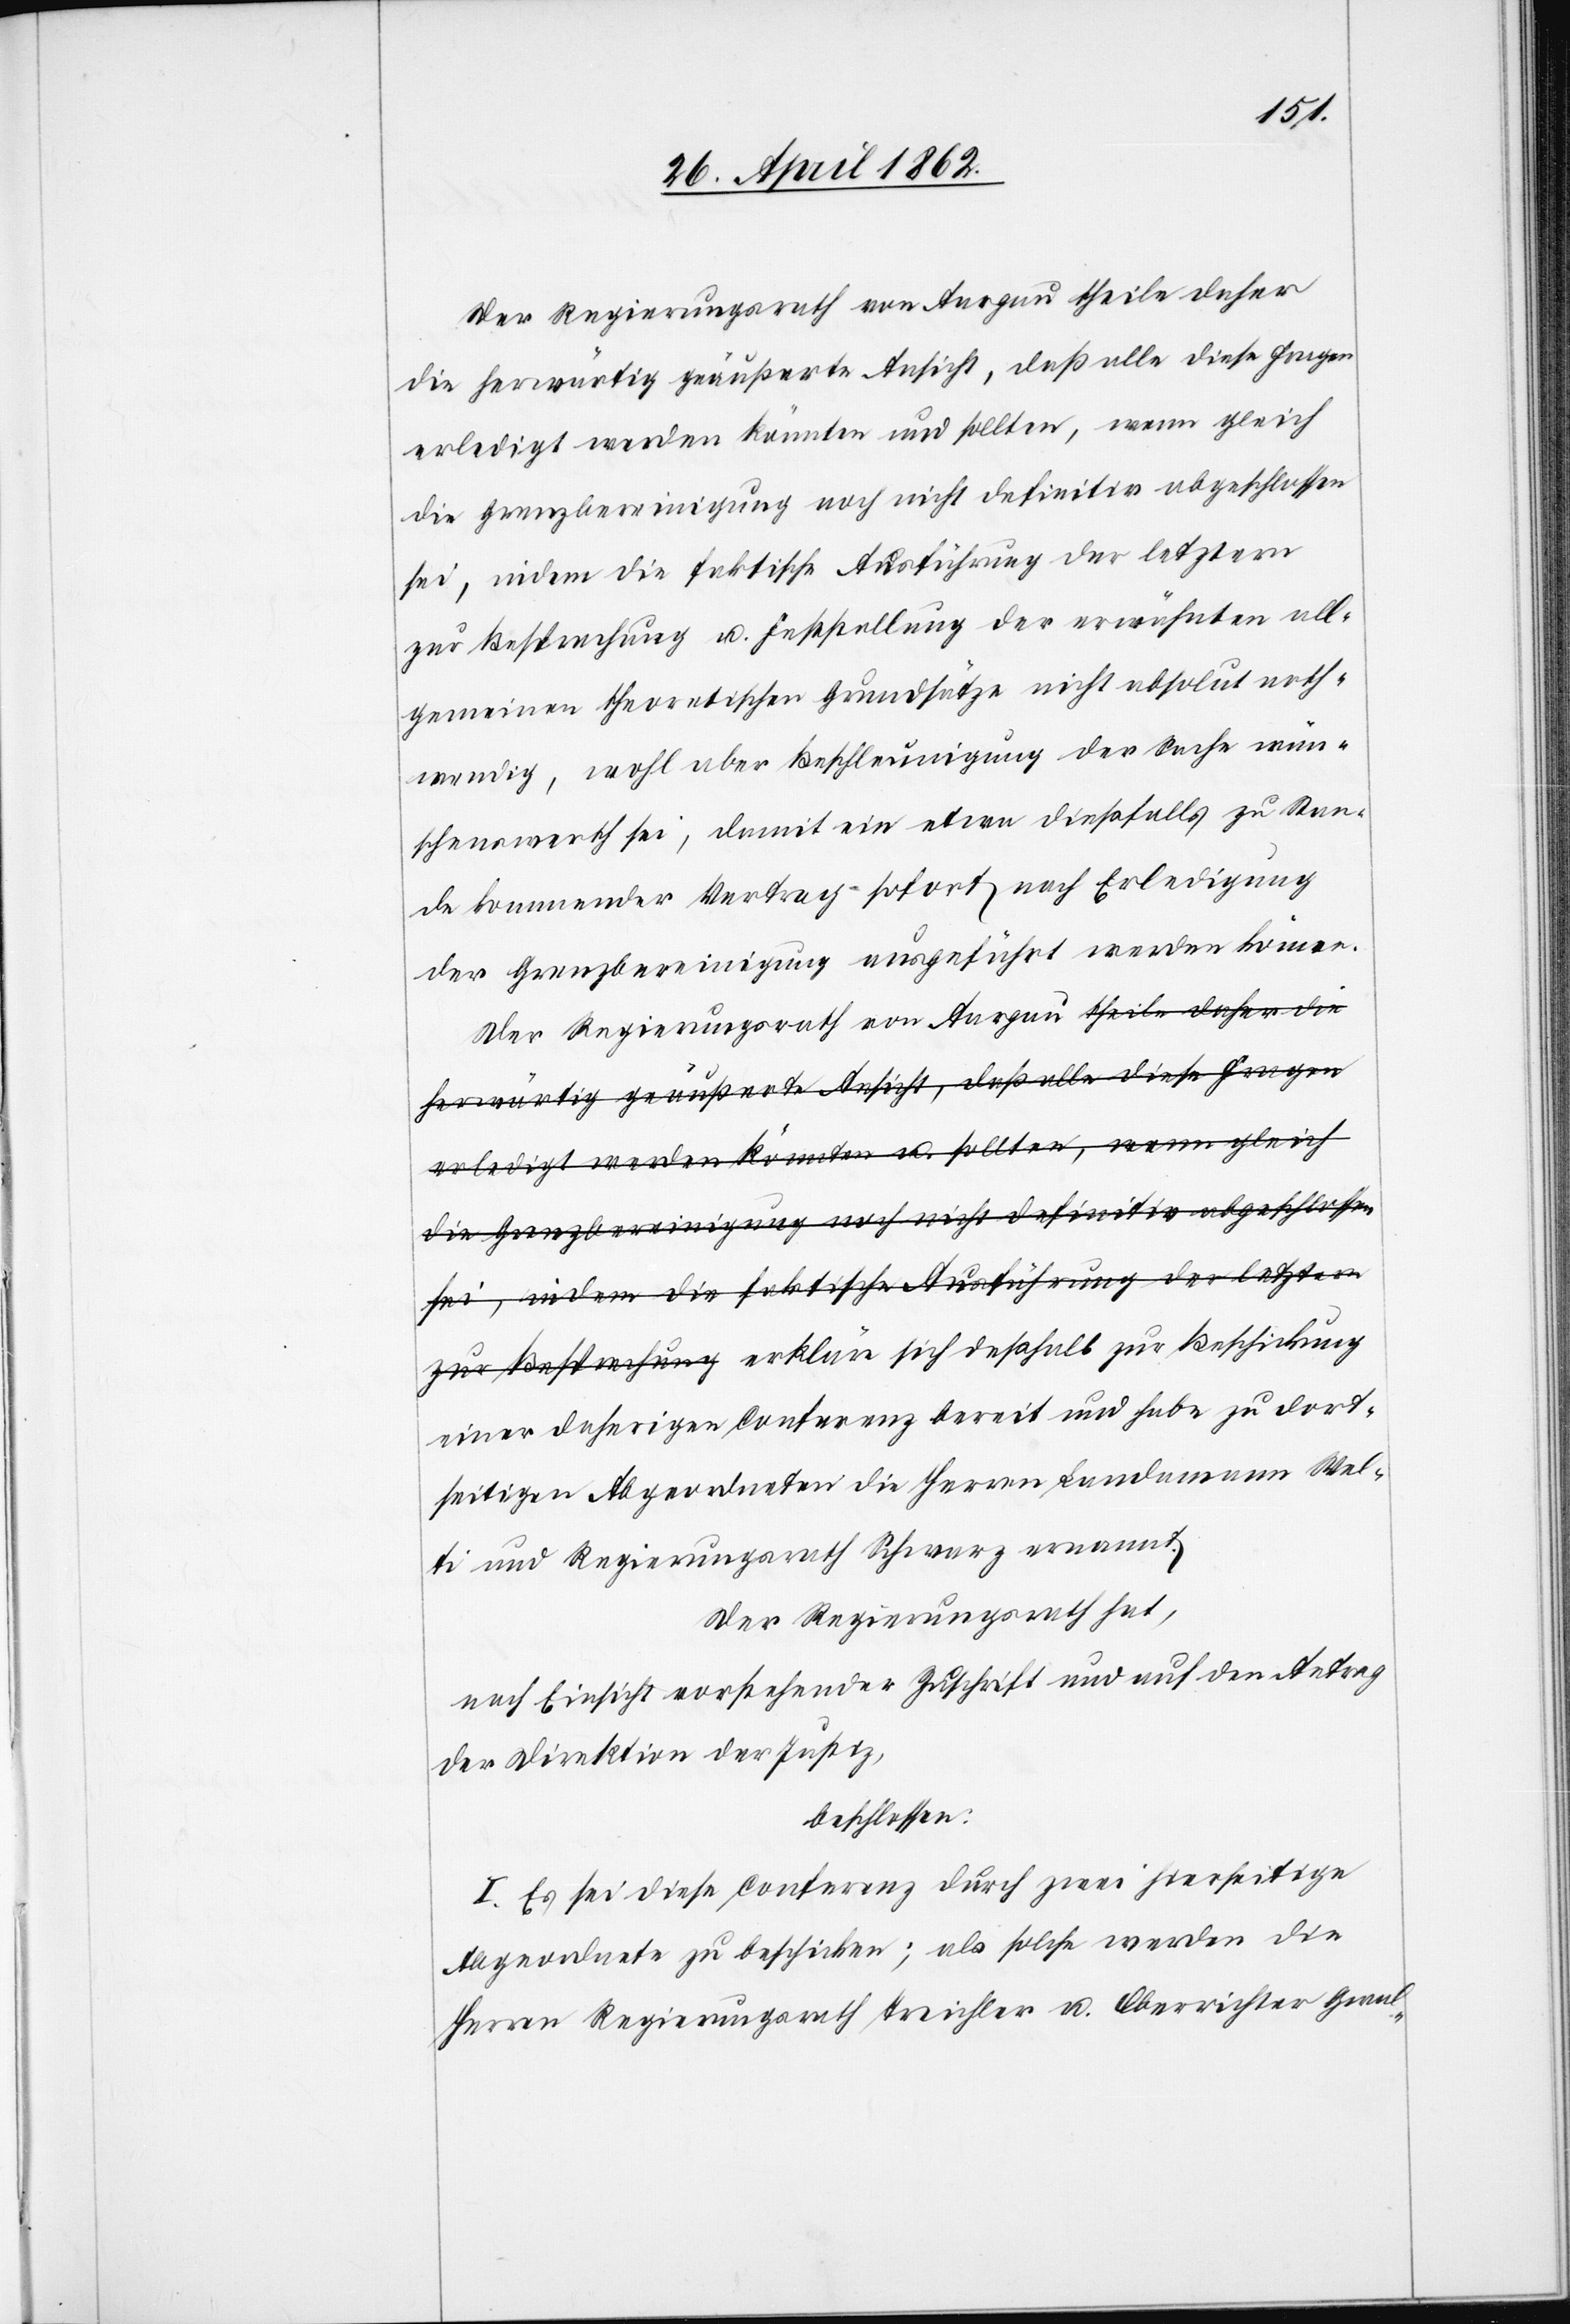
Der Regierungsrath von Aargau theile daher
die herwärtig geäußerte Ansicht, daß alle diese Fragen
erledigt werden könnten und sollten, wenn gleich
die Grenzbereinigung noch nicht definitiv abgeschlossen
sei, indem die faktische Ausführung der letztern
zur Besprechung u. Feststellung der erwähnten all¬
gemeinen theoretischen Grundsätze nicht absolut noth¬
wendig, wohl aber Beschleunigung der Sache wün¬
schenswerth sei, damit ein etwa dießfalls zu Stun¬
de kommender Vertrag sofort nach Erledigung
der Grenzbereinigung ausgeführt werden könne.
Der Regierungsrath von Aargau a-theile daher die
herwärtig geäußerte Ansicht, daß alle diese Fragen
erledigt werden könnten u. sollten, wenn gleich
zur Besprechung-a erkläre sich deßhalb zur Beschickung
einer daherigen Conferenz bereit und habe zu dort¬
seitigen Abgeordneten die Herren Landam[m]ann Wel¬
ti und Regierungsrath Schwarz ernannt.
Der Regierungsrath hat,
nach Einsicht vorstehender Zuschrift und auf den Antrag
der Direktion der Justiz,
beschlossen:
I. Es sei diese Conferenz durch zwei hierseitige
Abgeordnete zu beschicken; als solche werden die
Herren Regierungsrath Treichler u. Oberrichter Gwal-